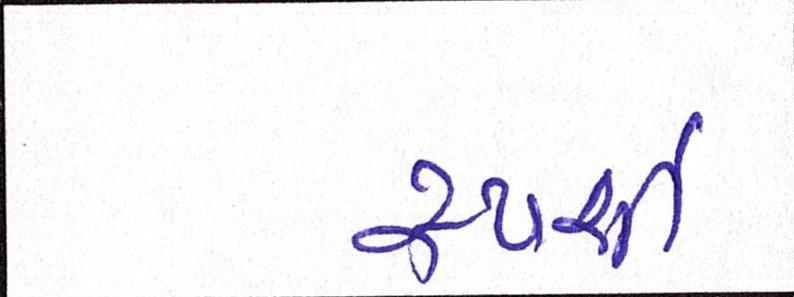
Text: સ્પર્શી